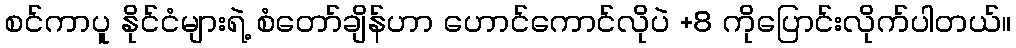
စင်ကာပူ နိုင်ငံများရဲ့ စံတော်ချိန်ဟာ ဟောင်ကောင်လိုပဲ +8 ကိုပြောင်းလိုက်ပါတယ်။